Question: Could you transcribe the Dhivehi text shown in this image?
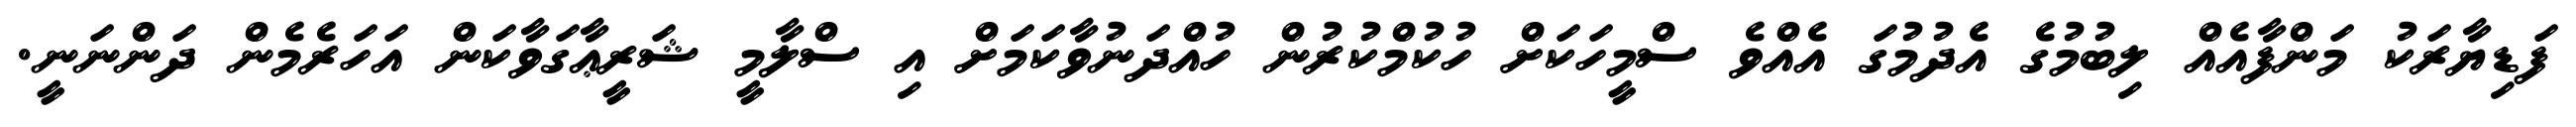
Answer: ފަޑިޔާރަކު މަންފާއެއް ލިބުމުގެ އެދުމުގަ އެއްވެ ސްމީހަކަށް ހުކުމްކުރުން ހުއްދަނުވާކަމަށް އި ސްލާމީ ޝަރީޢާގަވާކަން އަހަރެމެން ދަންނަނީ.